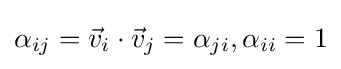
\alpha _{ij}={\vec {v}}_{i}\cdot {\vec {v}}_{j}=\alpha _{ji},\alpha _{ii}=1